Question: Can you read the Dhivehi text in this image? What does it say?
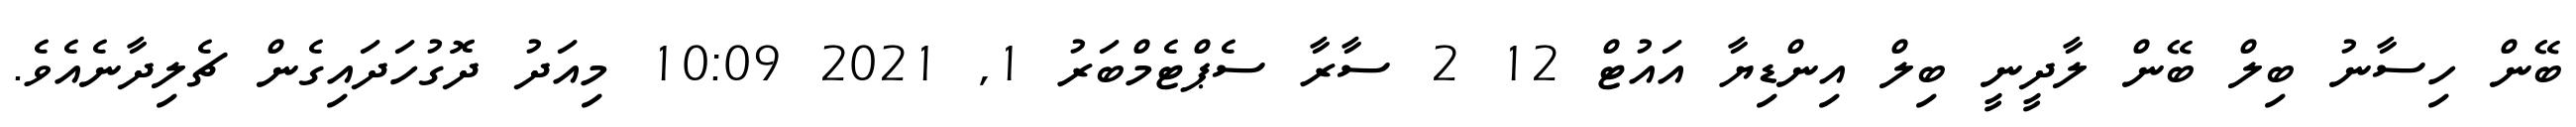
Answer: ބޭން ހިސާނު ބިލް ބޭން ލާދީނީ ބިލް އިންޑިޔާ އައުޓް 12 2 ސާރާ ސެޕްޓެމްބަރު 1, 2021 10:09 މިއަދު ދޮގުހަދައިގެން ޗެލިދާނެއެވެ.